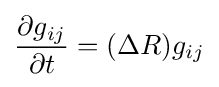
{\frac {\partial g_{ij}}{\partial t}}=(\Delta R)g_{ij}